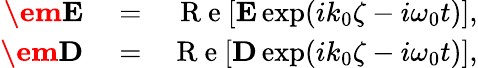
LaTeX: \begin{array}{rlr}{{\textbf{\em E}}}&{{}=}&{\mathrm{~R~e~}[{\mathbf E}\exp(ik_{0}\zeta-i\omega_{0}t)],}\\ {{\textbf{\em D}}}&{{}=}&{\mathrm{~R~e~}[{\mathbf D}\exp(ik_{0}\zeta-i\omega_{0}t)],}\end{array}